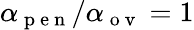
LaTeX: \alpha_{\mathrm{~p~e~n~}}/\alpha_{\mathrm{~o~v~}}=1